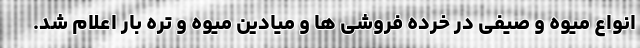
انواع میوه و صیفی در خرده فروشی ها و میادین میوه و تره بار اعلام شد.